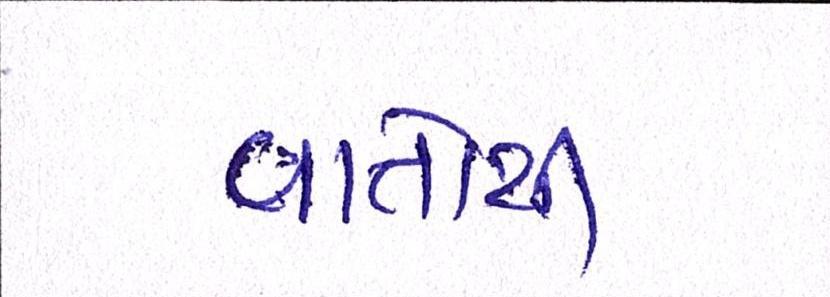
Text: વાતોથી